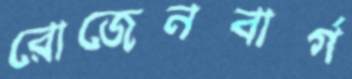
রোজেনবার্গ